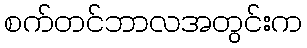
စက်တင်ဘာလအတွင်းက